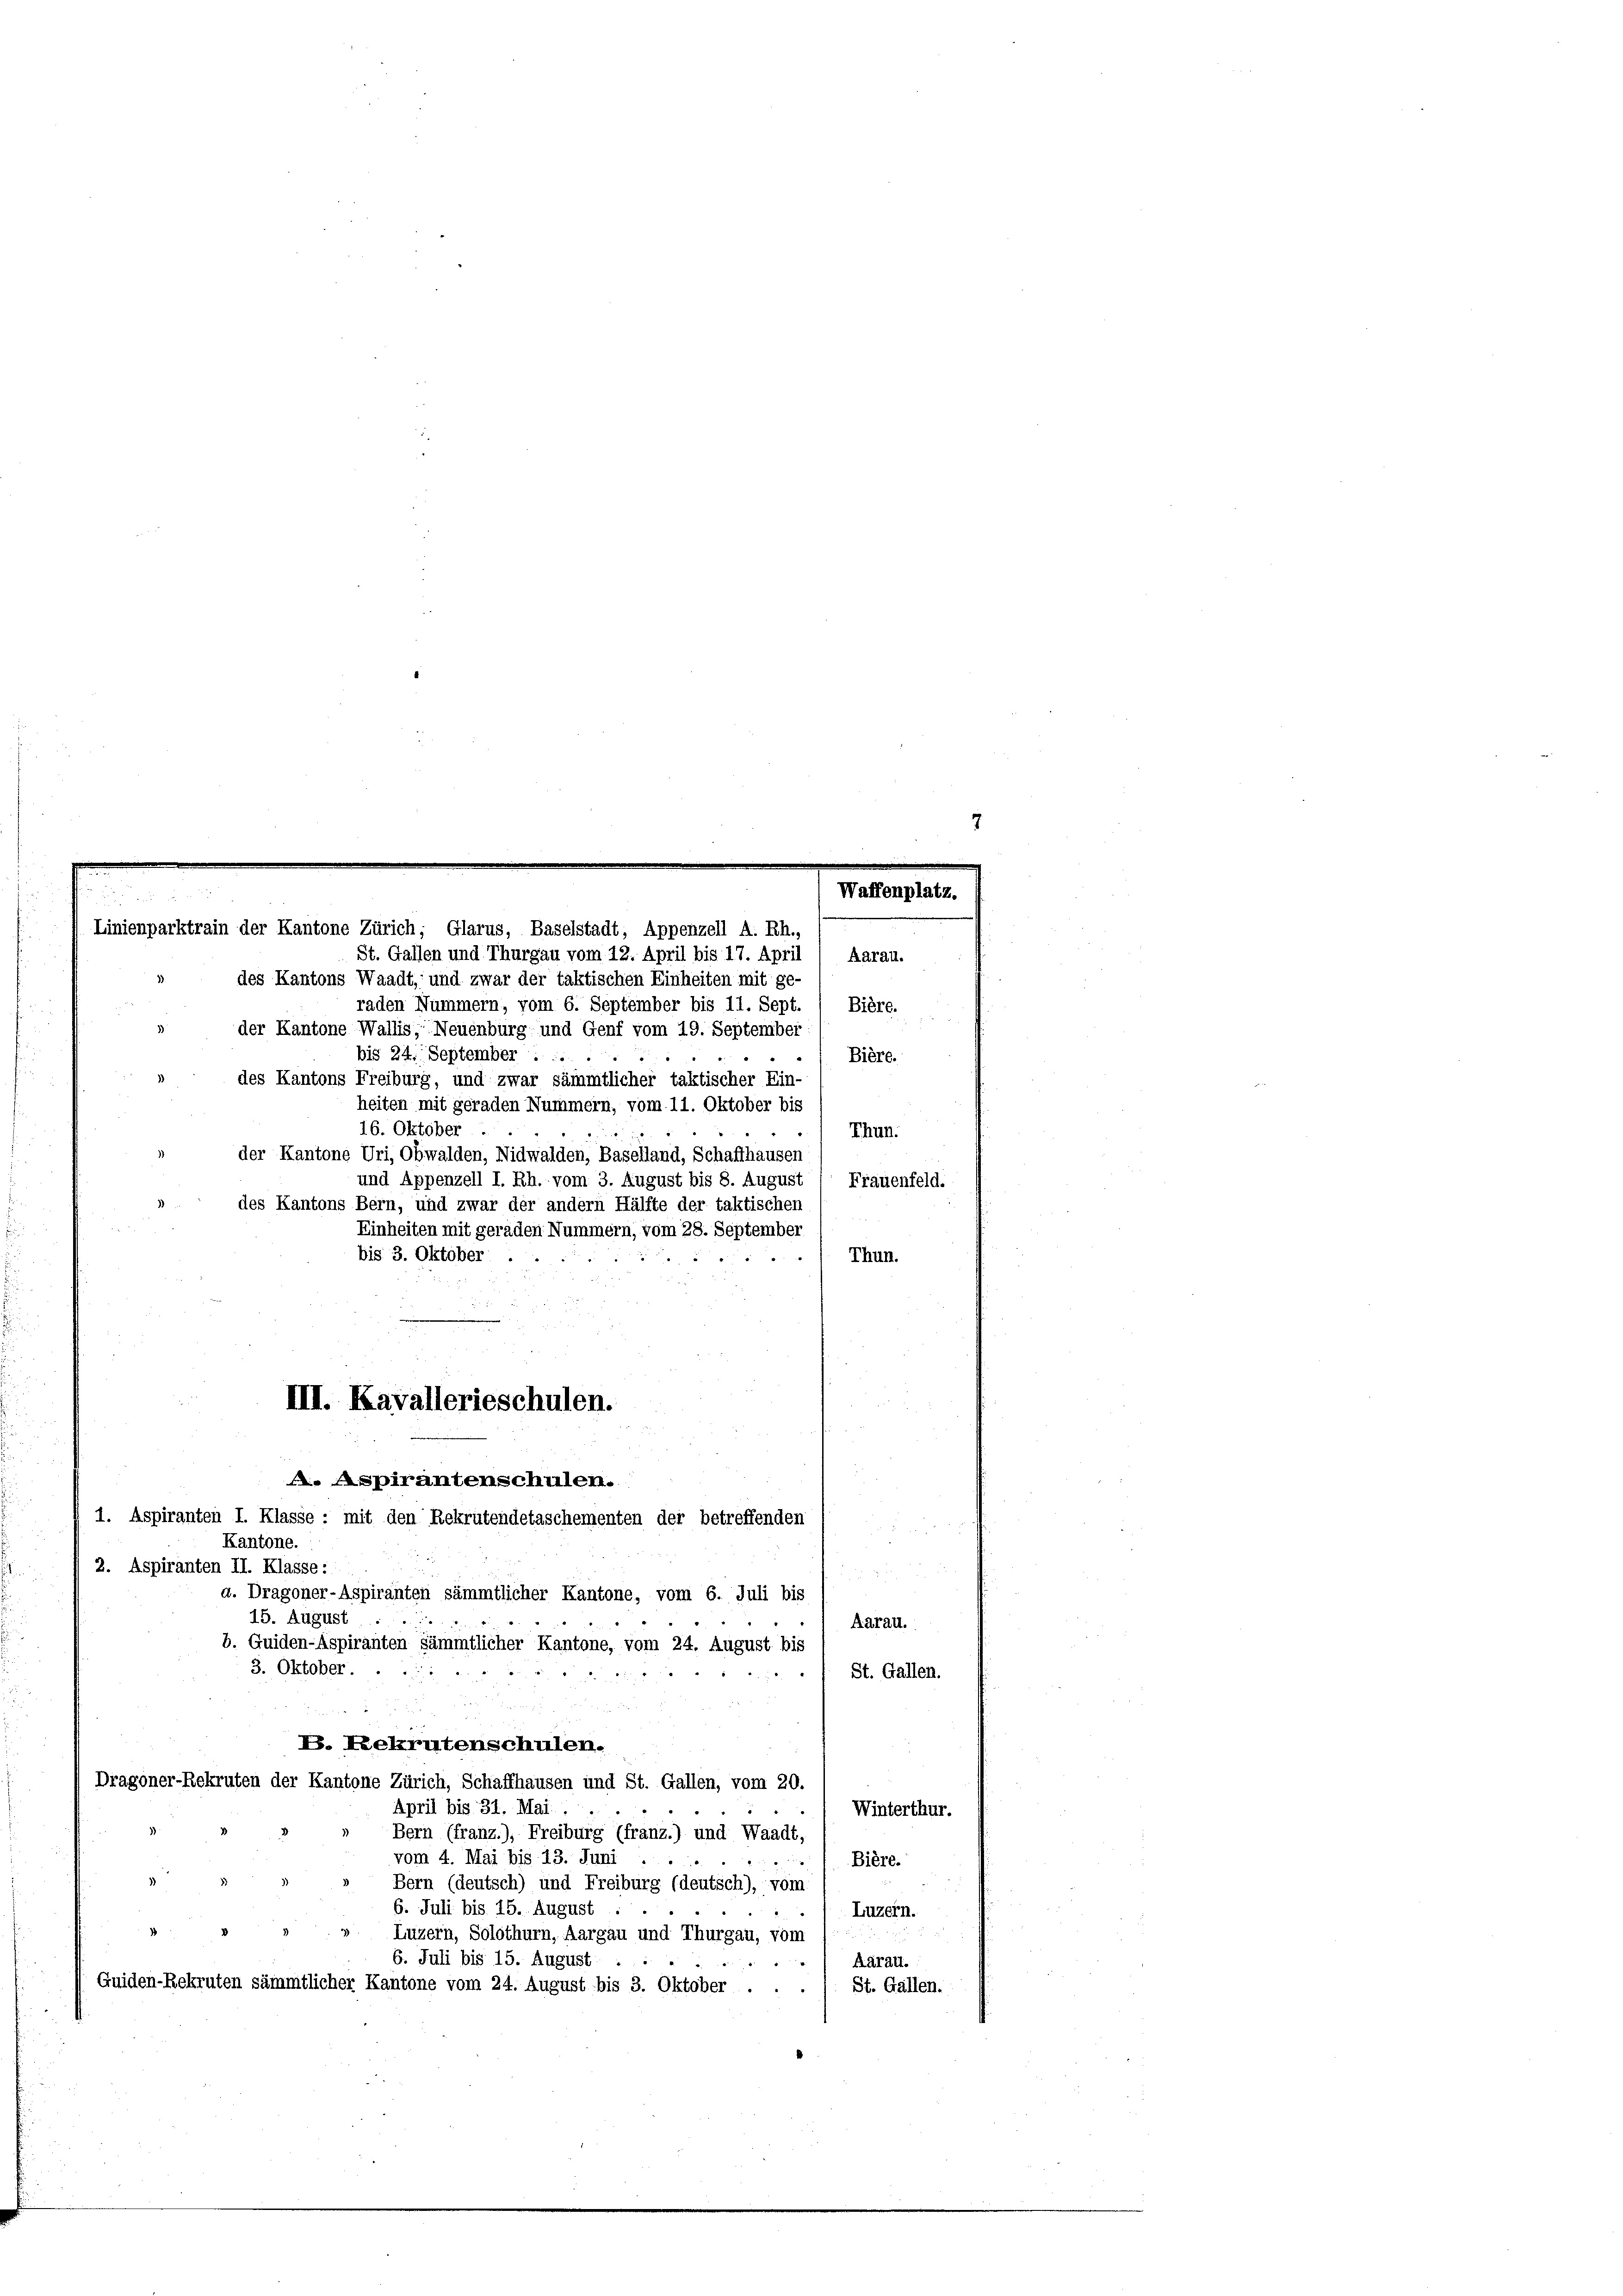
e
Linienparktrain der Kantone Zürich; Glarus, Baselstadt, Appenzell A. Rh.,
St. Gallen und Thurgau vom 12. April bis 17. April

des Kantons Waadt, und zwar der taktischen Einheiten mit ge-
raden Nummern, vom 6. September bis 11. Sept.
Bière.
der Kantone Wallis, Neuenburg und Genf vom 19. September
bis 24. September . ..
Bière.
des Kantons Freiburg, und zwar sämmtlicher taktischer Ein-
heiten mit geraden Nummern, vom 11. Oktober bis
16. Oktober
Thun.
der Kantone Uri, Obwalden, Nidwalden, Baselland, Schaffhausen
und Appenzell I. Rh. vom 3. August bis 8. August ( Frauenfeld.
des Kantons Bern, und zwar der andern Hälfte der taktischen
2
Einheiten mit geraden Nummern, vom 28. September
bis 3. Oktober
Thun.
e
2. Aspiranten II. Klasse:
a. Dragoner-Aspiranten sämmtlicher Kantone, vom 6. Juli bis
15. August
Aarau.
b. Guiden-Aspiranten sämmtlicher Kantone, vom 24. August bis
3. Oktober.
St. Gallen.

V. Rekrutenschulen.
Dragoner-Rekruten der Kantone Zürich, Schaffhausen und St. Gallen, vom 20.
April bis 31. Mai ...
Winterthur.
Bern (franz.), Freiburg (franz.) und Waadt,
vom 4. Mai bis 13. Juni
Bière.
Bern (deutsch) und Freiburg (deutsch), vom
6. Juli bis 15. August
Luzern.
Luzern, Solothurn, Aargau und Thurgau, vom
6. Juli bis 15. August
Aarau.
Quiden-Rekruten sämmtlicher Kantone vom 24. August bis 3. Oktober .
St. Gallen.

III. Kavallerieschulen.
. Aspirantenschulen.
1. Aspiranten I. Klasse: mit den Rekrutendetaschementen der betreffenden
Kantone.

Aarau.